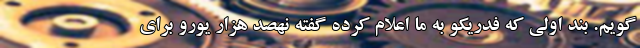
گویم. بند اولی که فدریکو به ما اعلام کرده گفته نهصد هزار یورو برای